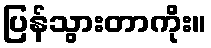
ပြန်သွားတာကိုး။